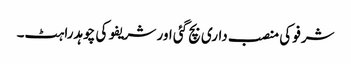
شرفو کی منصب داری بچ گئی اور شریفو کی چوہدراہٹ۔